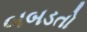
બબડતો